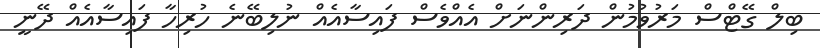
ބިލް ގޭޓްސް މަރުވުމުން ދަރިންނަށް އެއްވެސް ފައިސާއެއް ނުލިބޭނެ ހުރިހާ ފައިސާއެއް ދޭނީ